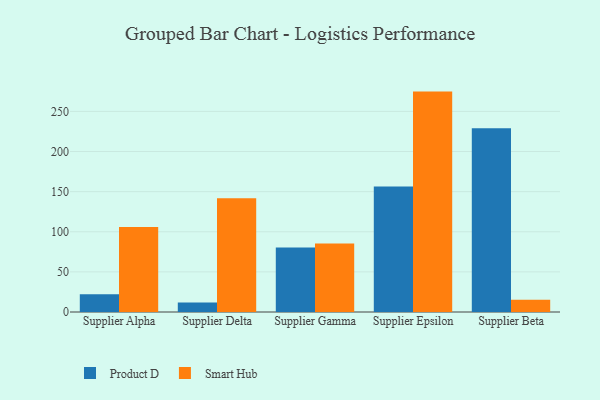
{"axis": {"x": "Supplier", "y": "Backlog"}, "legend": ["Product D", "Smart Hub"], "data": [{"x": "Supplier Alpha", "y": 22.0, "type": "Product D"}, {"x": "Supplier Alpha", "y": 105.9, "type": "Smart Hub"}, {"x": "Supplier Delta", "y": 11.9, "type": "Product D"}, {"x": "Supplier Delta", "y": 141.7, "type": "Smart Hub"}, {"x": "Supplier Gamma", "y": 80.5, "type": "Product D"}, {"x": "Supplier Gamma", "y": 85.4, "type": "Smart Hub"}, {"x": "Supplier Epsilon", "y": 156.5, "type": "Product D"}, {"x": "Supplier Epsilon", "y": 274.7, "type": "Smart Hub"}, {"x": "Supplier Beta", "y": 229.1, "type": "Product D"}, {"x": "Supplier Beta", "y": 15.2, "type": "Smart Hub"}]}